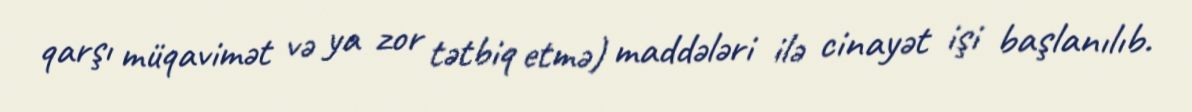
qarşı müqavimət və ya zor tətbiq etmə) maddələri ilə cinayət işi başlanılıb.